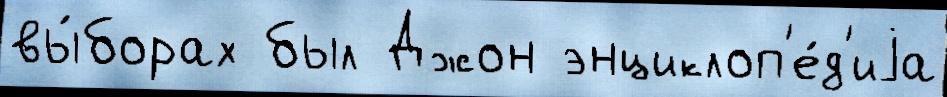
вы́борах был Джон энциклоп'е́д'иjа